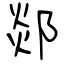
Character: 郯